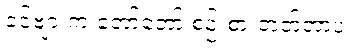
ခင်ဗျားက တော်တော် စဉ်းစားတတ်တာပဲ။